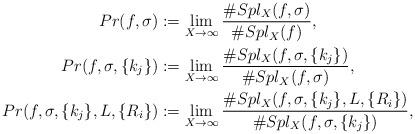
LaTeX: \begin{gather*}Pr(f,\sigma):=\lim_{X\to\infty}\frac{\#Spl_X(f,\sigma)}{\#Spl_X(f)},\\Pr(f,\sigma,\{k_j\}):=\lim_{X\to\infty}\frac{\#Spl_X(f,\sigma,\{k_j\})}{\#Spl_X(f,\sigma)},\\Pr(f,\sigma,\{k_j\},L,\{R_i\}):=\lim_{X\to\infty}\frac{\#Spl_X(f,\sigma,\{k_j\},L,\{R_i\})}{\#Spl_X(f,\sigma,\{k_j\})},\end{gather*}